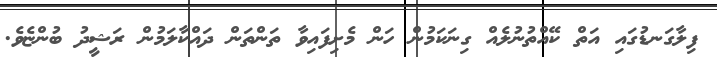
ފިލާގަނޑުގައި އަތް ކޭއްތުނުލެއް ގިނަކަމުން ހަން މެށިފައިވާ ތަންތަން ދައްކާލަމުން ރަޝީދު ބުންޏެވެ.